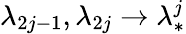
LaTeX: \lambda_{2j-1},\lambda_{2j}\to\lambda_{*}^{j}